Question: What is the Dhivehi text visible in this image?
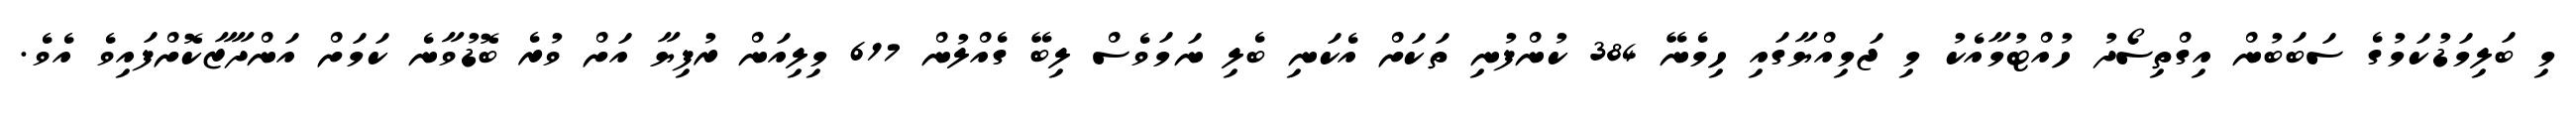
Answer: މި ބަލިމަޑުކަމުގެ ސަބަބުން އިގްތިސޯދު ހުއްޓުމާއެކު މި ޖަމިއްޔާގައި ހިމެނޭ 384 ކުންފުނި ތަކަށް އެކަނި ބެލި ނަމަވެސް ލިބޭ ގެއްލުން 617 މިލިއަން ރުފިޔާ އަށް ވުރެ ބޮޑުވާނެ ކަމަށް އަންދާޒާކޮށްފައިވެ އެވެ.